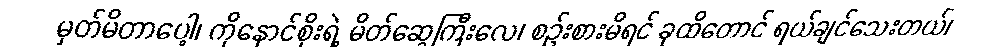
မှတ်မိတာပေါ့၊ ကိုနောင်စိုးရဲ့ မိတ်ဆွေကြီးလေ၊ စဉ်းစားမိရင် ခုထိတောင် ရယ်ချင်သေးတယ်၊